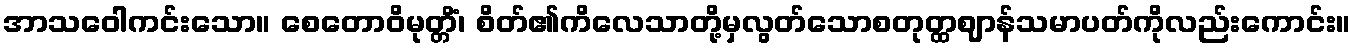
အာသဝေါကင်းသော။ စေတောဝိမုတ္တိံ၊ စိတ်၏ကိလေသာတို့မှလွတ်သောစတုတ္ထဈာန်သမာပတ်ကိုလည်းကောင်း။